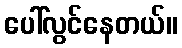
ပေါ်လွင်နေတယ်။